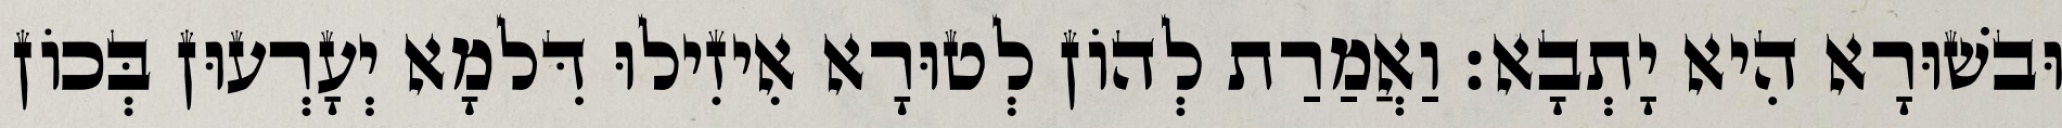
וּבשׁוּרָא הִיא יָתְבָא׃ וַאֲמַרַת לְהוֹן לְטוּרָא אִיזִילוּ דִּלמָא יְעָרְעוּן בְּכוֹן